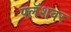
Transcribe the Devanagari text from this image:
फ्लॅशवर